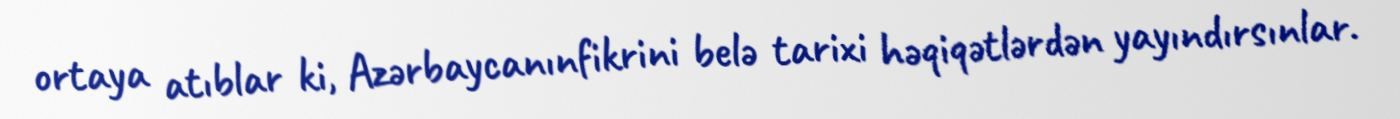
ortaya atıblar ki, Azərbaycanınfikrini belə tarixi həqiqətlərdən yayındırsınlar.